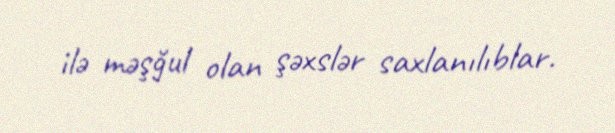
ilə məşğul olan şəxslər saxlanılıblar.